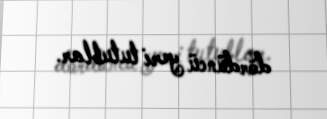
dördüncü yeri tutublar.